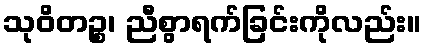
သုဝိတဉ္စ၊ ညီစွာရက်ခြင်းကိုလည်း။